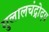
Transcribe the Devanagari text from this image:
गुलालचंद्रोदय